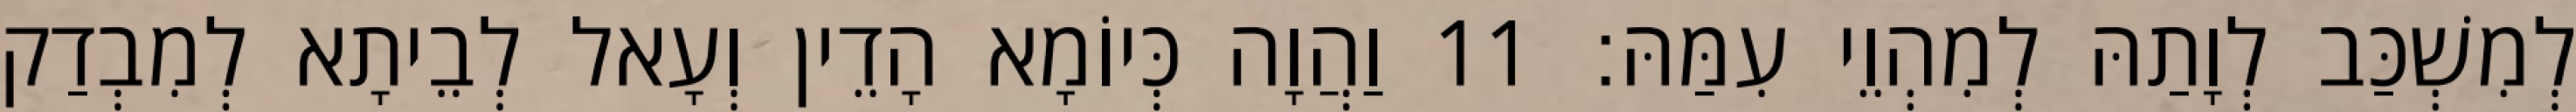
לְמִשְׁכַּב לְוָתַהּ לְמִהְוֵי עִמַּהּ׃ 11 וַהֲוָה כְּיוֹמָא הָדֵין וְעָאל לְבֵיתָא לְמִבְדַק